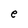
Character: e